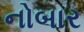
નોબાર